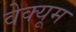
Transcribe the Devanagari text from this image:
वेक्यूम